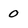
Character: 0